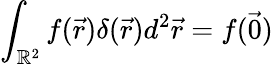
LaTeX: \int_{\mathbb{R}^{2}}f(\vec{r})\delta(\vec{r})d^{2}\vec{r}=f(\vec{0})